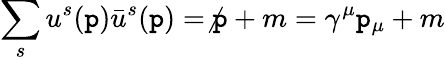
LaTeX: \sum_{s}u^{s}(\mathtt{p}){\bar{{u}}}^{s}(\mathtt{p})=\not{\mathtt{p}}+m=\gamma^{\mu}\mathtt{p}_{\mu}+m